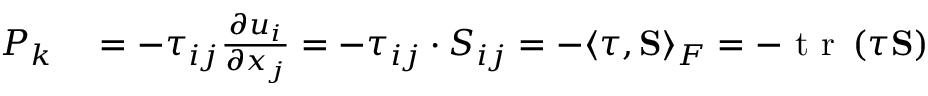
\begin{array} { r l } { P _ { k } } & { { } = - \tau _ { i j } \frac { \partial u _ { i } } { \partial x _ { j } } = - \tau _ { i j } \cdot S _ { i j } = - \langle \boldsymbol { \tau } , \mathbf { S } \rangle _ { F } = - \mathrm { ~ t ~ r ~ } \left( \boldsymbol { \tau } \mathbf { S } \right) } \end{array}